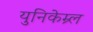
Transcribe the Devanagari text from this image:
युनिकेम्र्ल